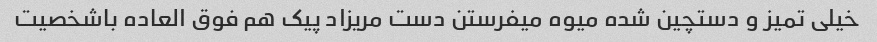
خیلی تمیز و دستچین شده میوه میفرستن دست مریزاد پیک هم فوق العاده باشخصیت